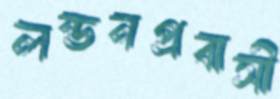
লন্ডনপ্রবাসী